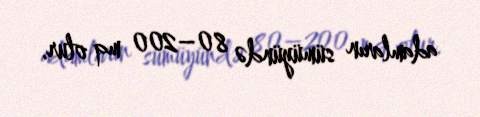
adamların sümüyündə 80–200 mq olur.